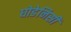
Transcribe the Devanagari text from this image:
घोडेनिसीं